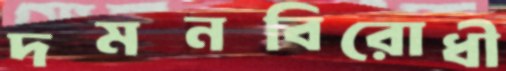
দমনবিরোধী